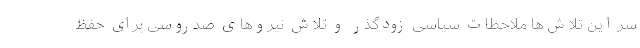
سر این تلاش‌ها ملاحظات سیاسی زودگذر و تلاش نیروهای ضدروسی برای حفظ